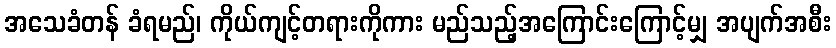
အသေခံတန် ခံရမည်၊ ကိုယ်ကျင့်တရားကိုကား မည်သည့်အကြောင်းကြောင့်မျှ အပျက်အစီး